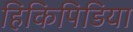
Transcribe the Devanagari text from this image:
हिकिपिडिया